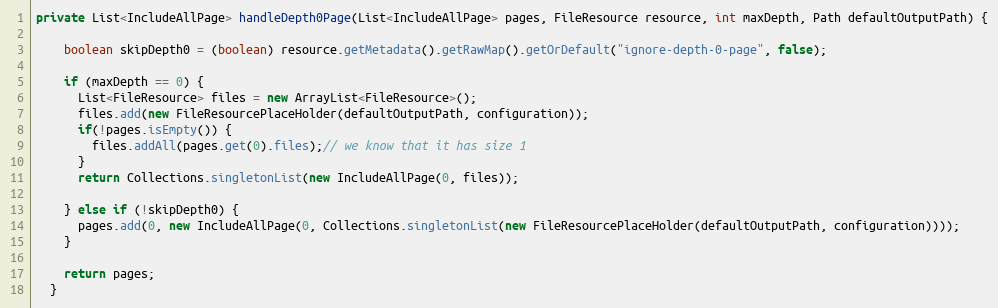
Language: Java
private List<IncludeAllPage> handleDepth0Page(List<IncludeAllPage> pages, FileResource resource, int maxDepth, Path defaultOutputPath) {

    boolean skipDepth0 = (boolean) resource.getMetadata().getRawMap().getOrDefault("ignore-depth-0-page", false);

    if (maxDepth == 0) {
      List<FileResource> files = new ArrayList<FileResource>();
      files.add(new FileResourcePlaceHolder(defaultOutputPath, configuration));
      if(!pages.isEmpty()) {
        files.addAll(pages.get(0).files);// we know that it has size 1
      }
      return Collections.singletonList(new IncludeAllPage(0, files));

    } else if (!skipDepth0) {
      pages.add(0, new IncludeAllPage(0, Collections.singletonList(new FileResourcePlaceHolder(defaultOutputPath, configuration))));
    }

    return pages;
  }